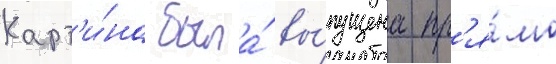
Карт'и́на была́ вы́пущена пр'я́мо